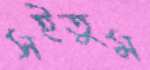
সইতুম